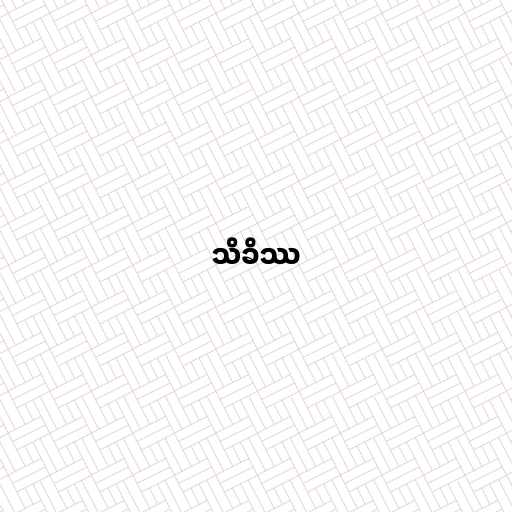
သိခိဿ